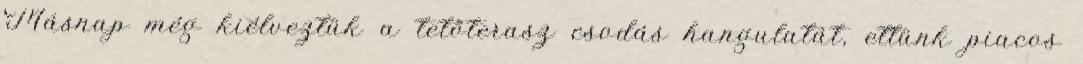
Másnap még kiélveztük a tetőterasz csodás hangulatát, ettünk piacos